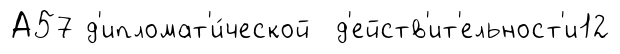
А57 д'ипломат'и́ческой д'ейств'ит'ельност'и12